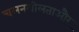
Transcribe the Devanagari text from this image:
चलनशीलताऔर